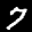
Label: 7